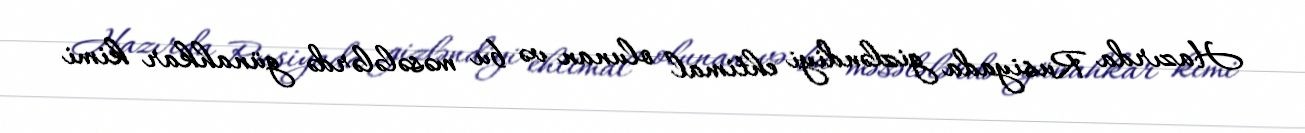
Hazırda Rusiyada gizləndiyi ehtimal olunan və bu məsələlərdə günahkar kimi